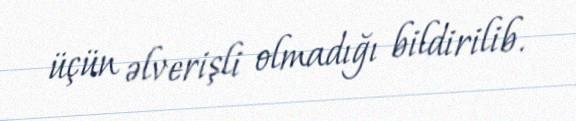
üçün əlverişli olmadığı bildirilib.